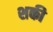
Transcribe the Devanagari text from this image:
शकी